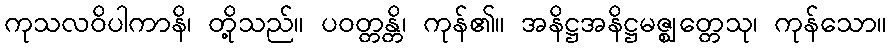
ကုသလဝိပါကာနိ၊ တို့သည်။ ပဝတ္တန္တိ၊ ကုန်၏။ အနိဋ္ဌအနိဋ္ဌမဇ္ဈတ္တေသု၊ ကုန်သော။